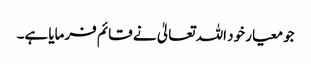
جو معیار خود اللہ تعالیٰ نے قائم فرمایا ہے۔